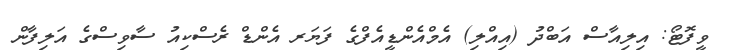
ވީފޮޓޯ: އިލިއާސް އަބްދު (އިއްލި) އެމްއެންޑީއެފްގެ ފަޔަރ އެންޑް ރެސްކިއު ސާވިސްގެ އަލިފާން